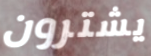
يشترون